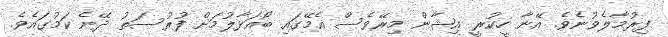
ފިރުމާލެވުނެވެ. އޭނާ ހީކުރީ އިޝާން މިރޭވެސް އެމޭގައި ބޯއަޅާލުމަށް ފުރުސަތު ދޭނެ ކަމުގައެވެ.